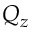
Q _ { z }